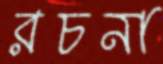
রচনা